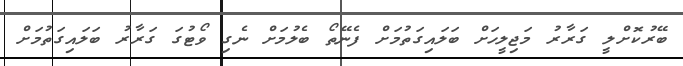
ބޭރުކޮށްލީ ގަރާރު މަޖިލީހަށް ބަލައިގަތުމަށް ފެނޭތޯ ބެލުމަށް ނެގި ވޯޓުގަ ގަރާރު ބަލައިގަތުމަށް